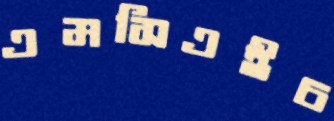
এমসিএইচ